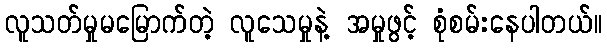
လူသတ်မှုမမြောက်တဲ့ လူသေမှုနဲ့ အမှုဖွင့် စုံစမ်းနေပါတယ်။